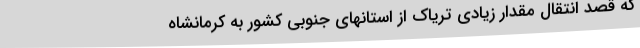
که قصد انتقال مقدار زیادی تریاک از استانهای جنوبی کشور به کرمانشاه